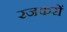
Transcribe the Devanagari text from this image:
रजकरों